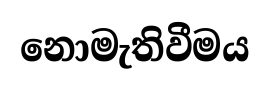
නොමැතිවීමය